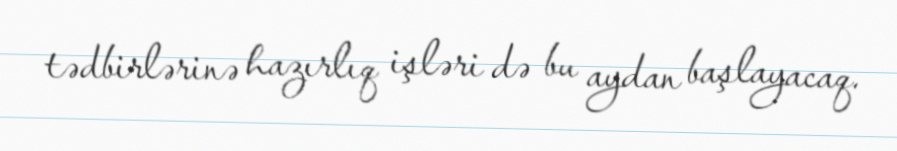
tədbirlərinə hazırlıq işləri də bu aydan başlayacaq.